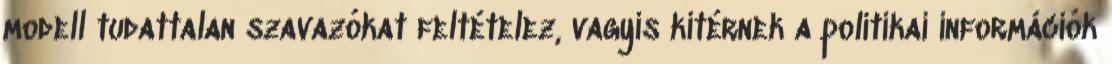
modell tudattalan szavazókat feltételez, vagyis kitérnek a politikai információk